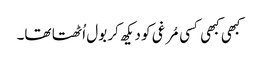
کبھی کبھی کسی مُرغی کو دیکھ کر بول اُٹھتا تھا۔